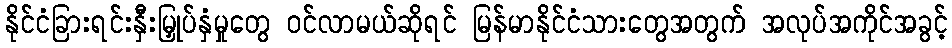
နိုင်ငံခြားရင်းနှီးမြှုပ်နှံမှုတွေ ဝင်လာမယ်ဆိုရင် မြန်မာနိုင်ငံသားတွေအတွက် အလုပ်အကိုင်အခွင့်